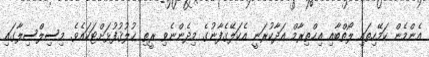
އެންމެން ކަމޭހިތައި ލޯތްބާއި އިޙްތިރާމް އަދާކުރަނީ އެކަލޭގެފާނުގެ މިދެންނެވި ރީތި ޚުލުޤުފުޅަށްޓަކައެވެ. މިސިލްސިލާގައި